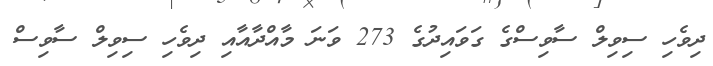
ދިވެހި ސިވިލް ސާވިސްގެ ގަވައިދުގެ 273 ވަނަ މާއްދާއާއި ދިވެހި ސިވިލް ސާވިސް